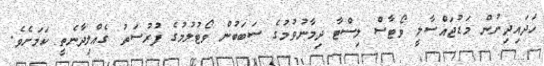
ހަދައިދިނުން މަޑުޖައްސާލީ ވޯޓާސް ލިސްޓާ ދިމާނުވުމުގެ ސަބަބުން ވޯޓުލުމުގެ ފުރުސަތު ގެއްލިދާނެތީ ކަމަށެވެ.